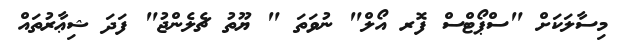
މިސާލަކަށް "ސްޕޯޓްސް ފޮރ އޯލް" ނުވަތަ " ޔޫތު ޗެލެންޖު" ފަދަ ޝިޢާރުތައް